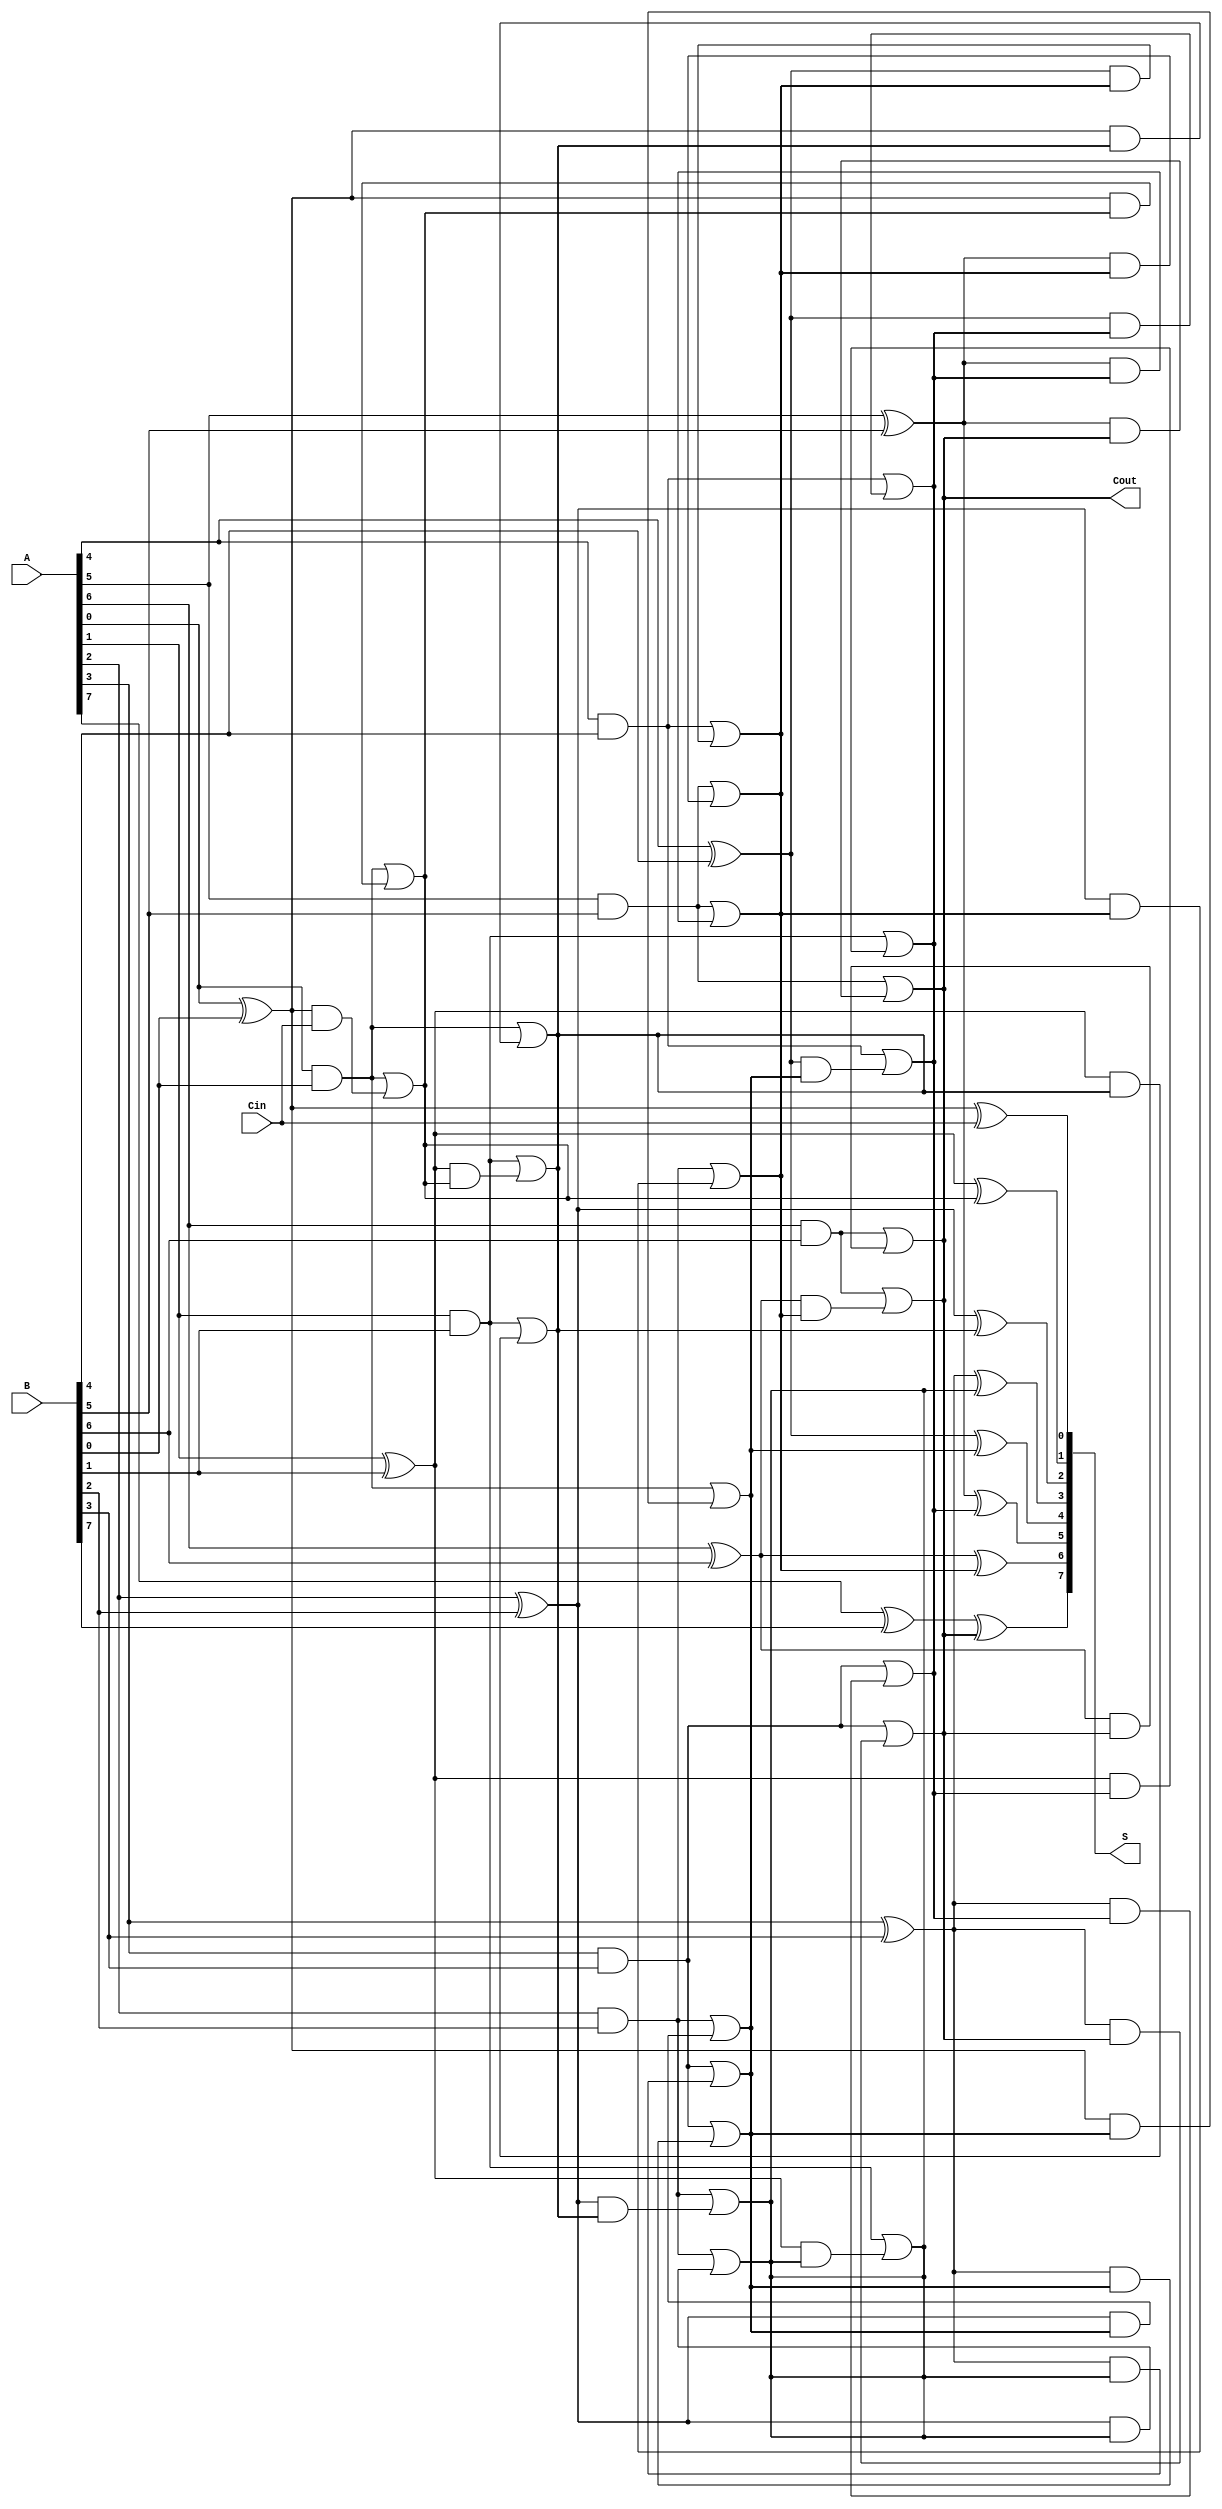
module KoggeStoneAdder #(
    parameter n = 8 // Width of the input and output
)(
    input [n-1:0] A,      // First input
    input [n-1:0] B,      // Second input
    input Cin,            // Carry-in
    output [n-1:0] S,     // Sum output
    output Cout           // Carry-out
);

    // Internal signals for propagate and generate
    wire [n-1:0] P; // Propagate
    wire [n-1:0] G; // Generate
    wire [n-1:0] C; // Carry signals

    // Generate and Propagate calculations
    genvar i;
    generate
        for (i = 0; i < n; i = i + 1) begin : gen_prop
            assign P[i] = A[i] ^ B[i]; // Propagate
            assign G[i] = A[i] & B[i]; // Generate
        end
    endgenerate

    // Carry computation using Kogge-Stone logic
    assign C[0] = Cin; // Initial carry input

    // Stage 1
    generate
        for (i = 1; i < n; i = i + 1) begin : stage1
            assign C[i] = G[i-1] | (P[i-1] & C[i-1]);
        end
    endgenerate

    // Higher stages
    genvar j, k;
    for (j = 1; j < n; j = j * 2) begin : stages
        for (k = 0; k < n; k = k + 1) begin : carry_stage
            if (k >= j) begin
                assign C[k] = G[k-j] | (P[k-j] & C[k]);
            end
        end
    end

    // Sum calculation
    generate
        for (i = 0; i < n; i = i + 1) begin : sum_gen
            assign S[i] = P[i] ^ C[i]; // Sum
        end
    endgenerate

    // Carry-out
    assign Cout = C[n-1];

endmodule